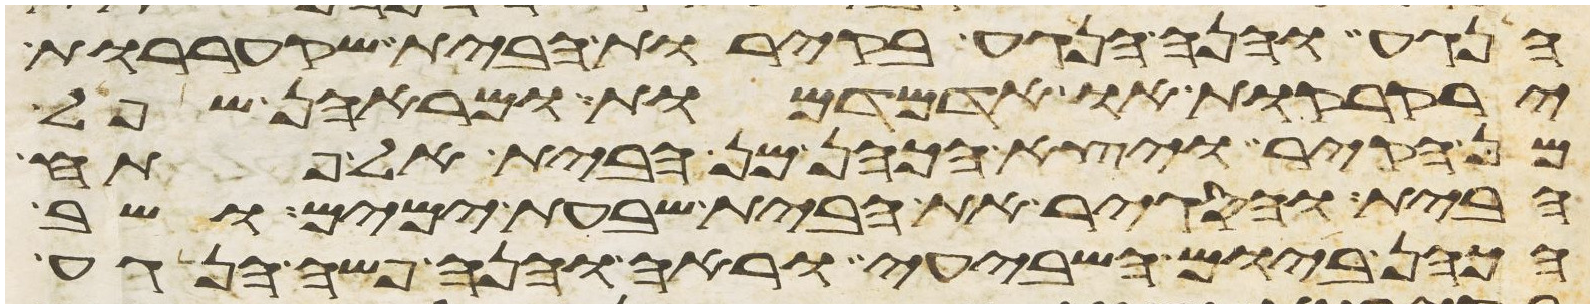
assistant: הנגע והנה הנגע בקירות הבית שקעררות
ירקרקות או אדמדמות ומראהן שפל
מן הקיר ויצא הכהן מן הבית אל פתח
הבית והסגיר את הבית שבעת ימים ושב
הכהן ביום השביעי וראה והנה פשה הנגע